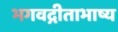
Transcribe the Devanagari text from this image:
भगवद्गीताभाष्य